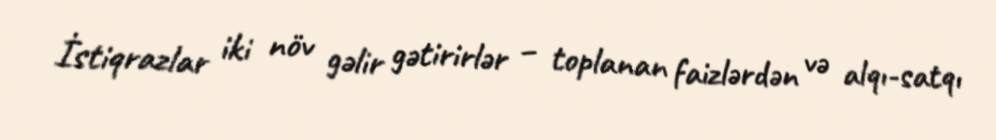
İstiqrazlar iki növ gəlir gətirirlər – toplanan faizlərdən və alqı-satqı